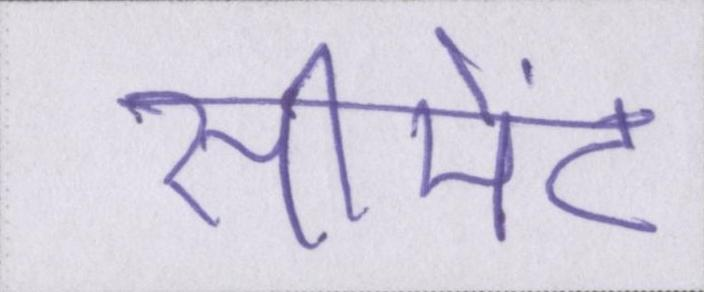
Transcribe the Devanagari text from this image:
सीमेंट